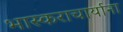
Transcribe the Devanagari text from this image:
भास्कराचार्याना